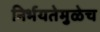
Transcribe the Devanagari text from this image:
निर्भयतेमुळेच